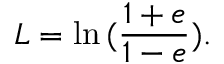
L = \ln { ( \frac { 1 + e } { 1 - e } ) } .